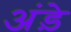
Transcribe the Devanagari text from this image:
अंड़े